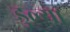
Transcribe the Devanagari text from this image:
डुल्या